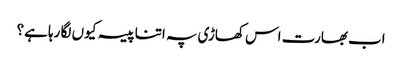
اب بھارت اس کھاڑی پہ اتنا پیسہ کیوں لگا رہا ہے؟